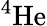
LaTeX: ^{4}\mathrm{He}